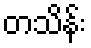
တသိန်း